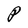
Character: P